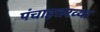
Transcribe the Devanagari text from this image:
पंचाहत्तरव्या